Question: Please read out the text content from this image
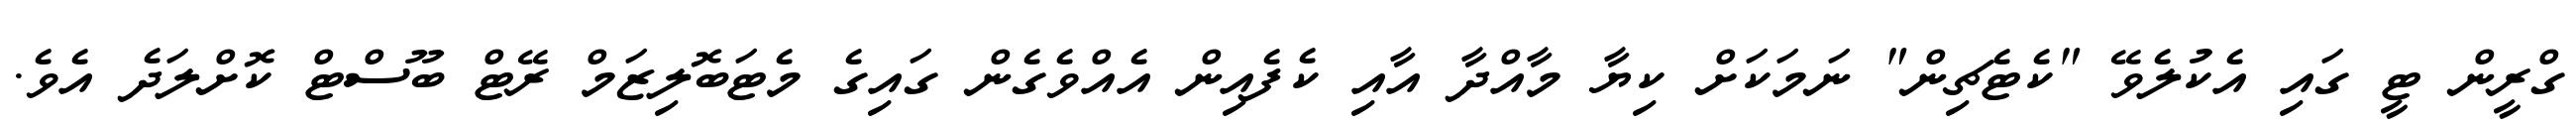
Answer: ގްރީން ޓީ ގައި އެކުލެވޭ "ކެޓެޗިން" ނަމަކަށް ކިޔާ މާއްދާ އާއި ކެފެއިން އެއްވެގެން ގައިގެ މެޓަބޮލިޒަމް ރޭޓް ބޫސްޓް ކޮށްލަދެ އެވެ.